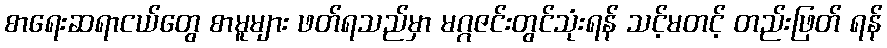
စာရေးဆရာငယ်တွေ စာမူများ ဖတ်ရသည်မှာ မဂ္ဂဇင်းတွင်သုံးရန် သင့်မတင့် တည်းဖြတ် ရန်